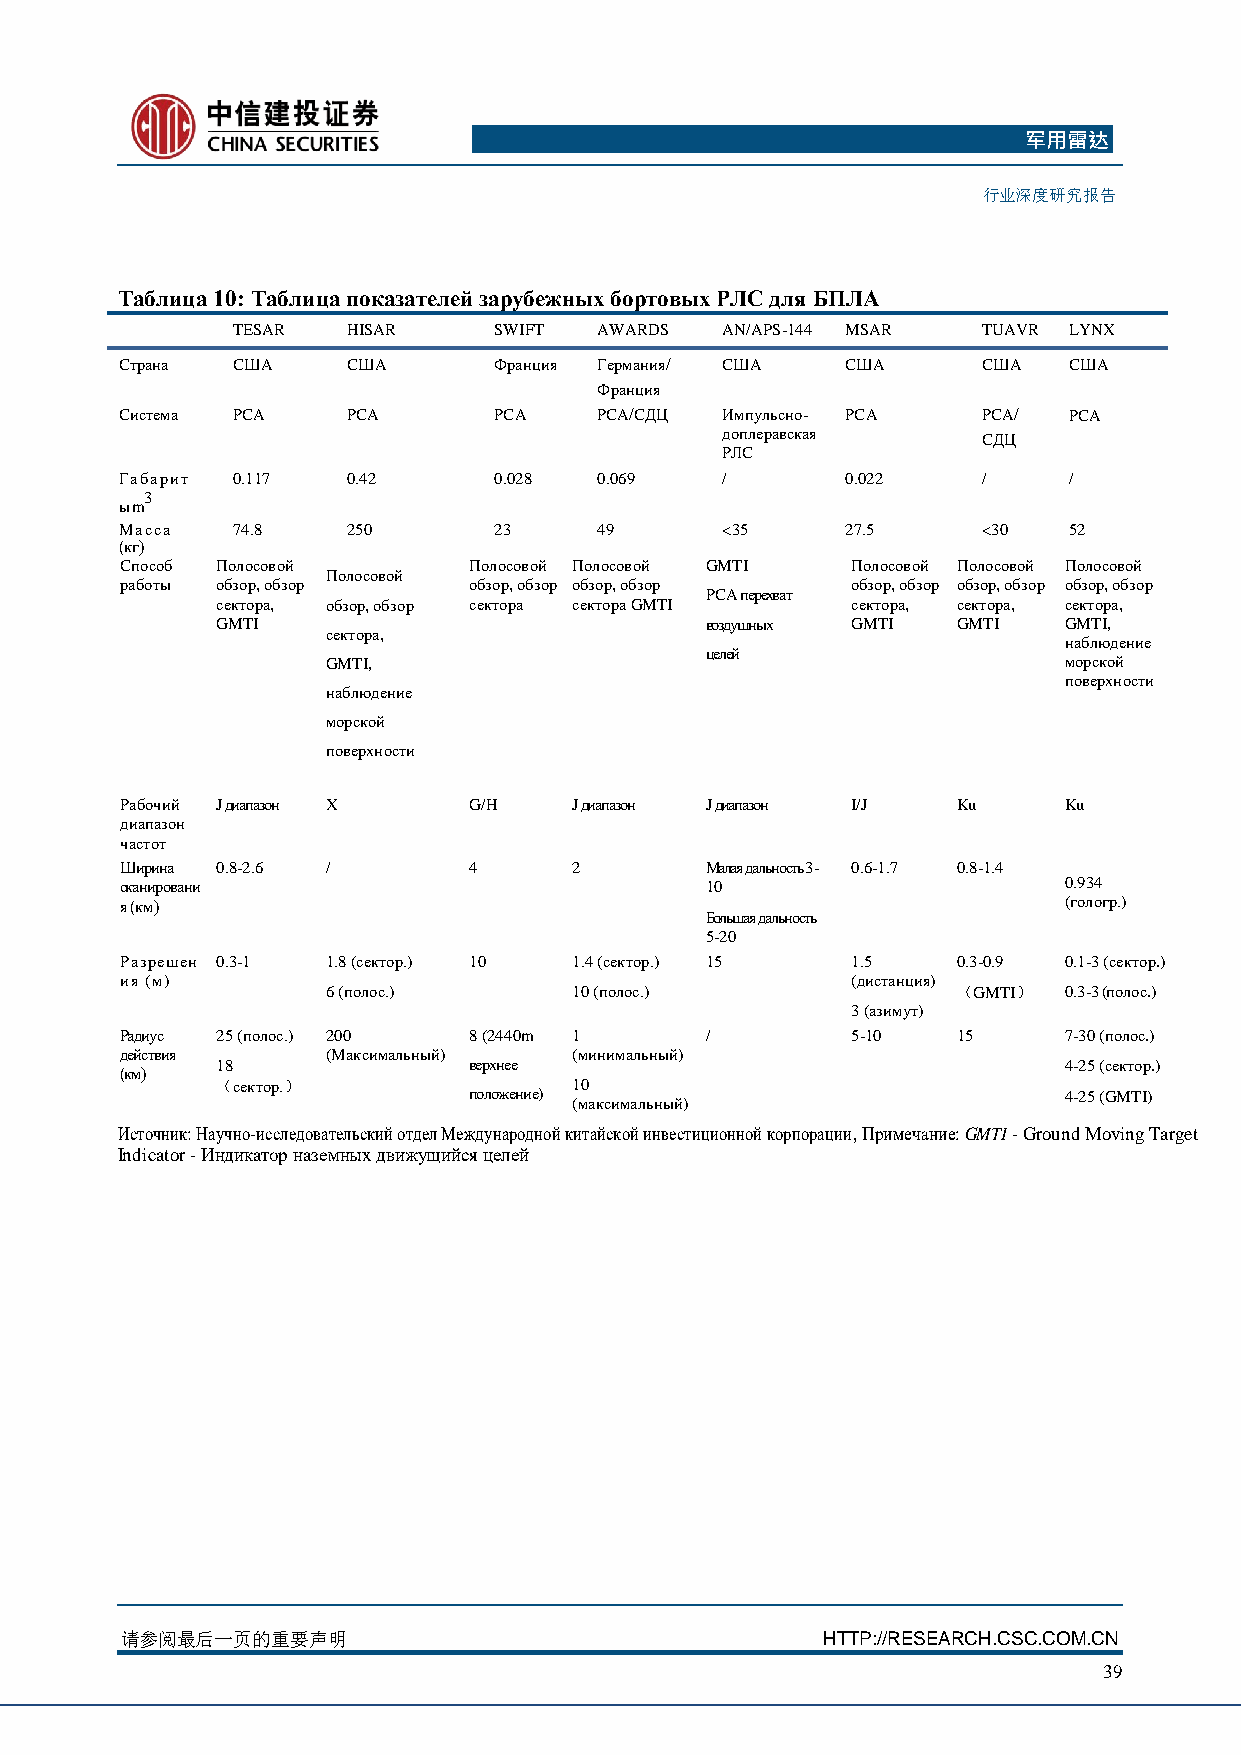
军用雷达
 行业深度研究报告
 Таблица 10: Таблица показателей зарубежных бортовых РЛС для БПЛА
 TESAR   HISAR     SWIFT  AWARDS  AN/APS-144 MSAR  TUAVR LYNX
 Страна США     США       Франция Германия/ США  США      США   США
 Франция
 Система РСА    РСА       РСА    РСА/СДЦ Импульсно- РСА   РСА/  РСА
 доплеравская     СДЦ
 РЛС
 Габарит 0.117  0.42      0.028  0.069   /       0.022    /     /
 3
 ыm
 Масса  74.8    250       23     49      <35     27.5     <30   52
 (кг)
 Способ Полосовой       Полосовой Полосовой GMTI Полосовой Полосовой Полосовой
 Полосовой
 работы обзор, обзор    обзор, обзор обзор, обзор обзор, обзор обзор, обзор обзор, обзор
 РСА перехват
 сектора, обзор, обзор сектора сектора GMTI сектора, сектора, сектора,
 GMTI                             воздушных GMTI  GMTI   GMTI,
 сектора,
 наблюдение
 целей
 GMTI,                                           морской
 поверхности
 наблюдение
 морской
 поверхности
 Рабочий J диапазон X   G/H    J диапазон J диапазон I/J Ku    Ku
 диапазон
 частот
 Ширина 0.8-2.6 /       4      2        Малая дальность 3- 0.6-1.7 0.8-1.4
 сканировани                            10                     0.934
 я (км)                                                        (гологр.)
 Большая дальность
 5-20
 Разрешен 0.3-1 1.8 (сектор.) 10 1.4 (сектор.) 15 1.5   0.3-0.9 0.1-3 (сектор.)
 ия (м)                                          (дистанция)
 6 (полос.)      10 (полос.)              （GMTI） 0.3-3 (полос.)
 3 (азимут)
 Радиус 25 (полос.) 200 8 (2440m 1      /        5-10   15     7-30 (полос.)
 действия      (Максимальный)  (минимальный)
 18               верхнее                                4-25 (сектор.)
 (км)
 （сектор.）               10
 положение)                             4-25 (GMTI)
 (максимальный)
 Источник: Научно-исследовательский отдел Международной китайской инвестиционной корпорации, Примечание: GMTI - Ground Moving Target
 Indicator - Индикатор наземных движущийся целей
 请参阅最后一页的重要声明                                  HTTP://RESEARCH.CSC.COM.CN
 39